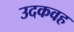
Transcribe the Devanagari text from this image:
उदकवह